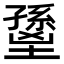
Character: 𡒐